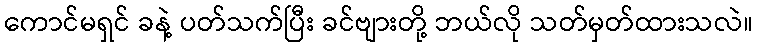
ကောင်မရှင် ခနဲ့ ပတ်သက်ပြီး ခင်ဗျားတို့ ဘယ်လို သတ်မှတ်ထားသလဲ။